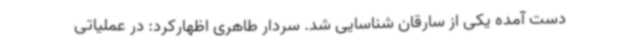
دست آمده یکی از سارقان شناسایی شد. سردار طاهری اظهارکرد: در عملیاتی